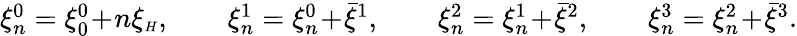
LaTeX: \begin{array}{r}{\xi_{n}^{0}=\xi_{0}^{0}\! +\! n\xi_{{\scriptscriptstyle H}},\qquad\xi_{n}^{1}=\xi_{n}^{0}\! +\! \bar{\xi}^{1},\qquad\xi_{n}^{2}=\xi_{n}^{1}\! +\! \bar{\xi}^{2},\qquad\xi_{n}^{3}=\xi_{n}^{2}\! +\! \bar{\xi}^{3}.}\end{array}